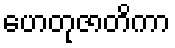
ဟေတုဇာတိကာ